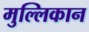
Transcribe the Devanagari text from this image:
मुल्लिकान